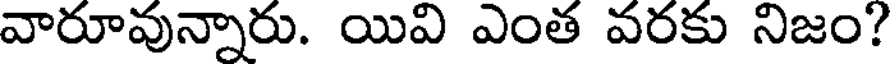
వారూవున్నారు. యివి ఎంత వరకు నిజం?